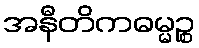
အနီတိကဓမ္မဉ္စ